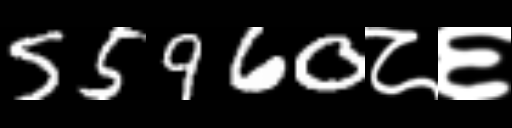
Text: 55960८६